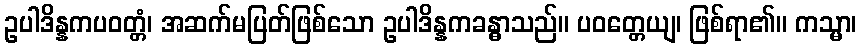
ဥပါဒိန္နကပဝတ္တံ၊ အဆက်မပြတ်ဖြစ်သော ဥပါဒိန္နကခန္ဓာသည်။ ပဝတ္တေယျ၊ ဖြစ်ရာ၏။ ကသ္မာ၊